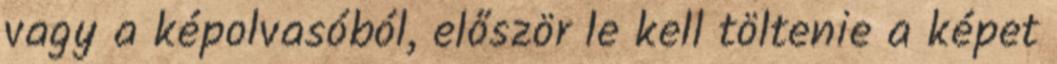
vagy a képolvasóból, először le kell töltenie a képet